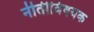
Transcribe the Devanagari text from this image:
नीतीविषयक